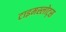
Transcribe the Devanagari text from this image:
टाइमस्लोट्स